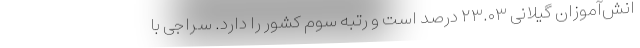
انش‌آموزان گیلانی ۲۳.۰۳ درصد است و رتبه سوم کشور را دارد. سراجی با